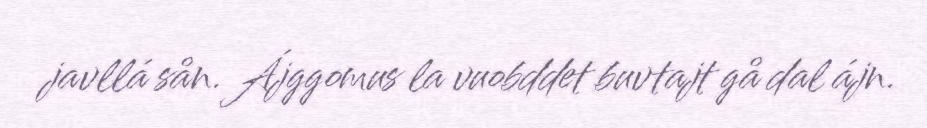
javllá sån. Ájggomus la vuobddet buvtajt gå dal ájn.